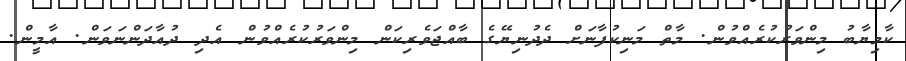
ކާމިޔާބު މިންވަރުކުރެއްވުން. މާތް މަނިކުފާނަށް ދެދުނިޔޭގެ ބާއްޖަވެރިކަން މިންވަރުކުރެއްވުން އެދި ދުއާދަންނަވަން. އާމީން.